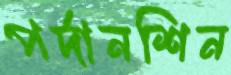
পর্দানশিন